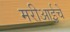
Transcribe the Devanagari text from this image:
मरीआईचे